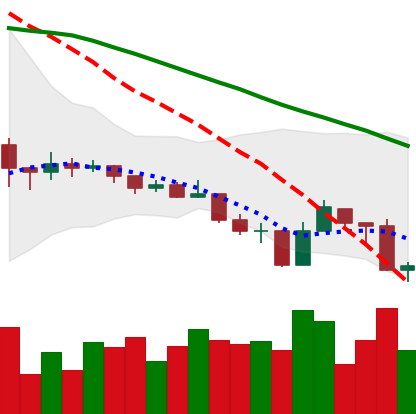
Ticker: ADA-USD
Chart end date: 2019-08-15
Forward return: 3.527%
Label: up_3_5